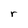
Character: r